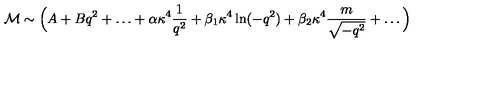
{ \cal M } \sim \Big ( A + B q ^ { 2 } + \ldots + \alpha \kappa ^ { 4 } \frac 1 { q ^ { 2 } } + \beta _ { 1 } \kappa ^ { 4 } \ln ( - q ^ { 2 } ) + \beta _ { 2 } \kappa ^ { 4 } \frac { m } { \sqrt { - q ^ { 2 } } } + \ldots \Big )